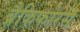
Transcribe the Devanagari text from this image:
ब्रैकिफोरस